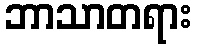
ဘာသာတရား